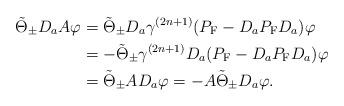
LaTeX: \begin{align*}\tilde{\Theta}_\pm D_aA\varphi&=\tilde{\Theta}_\pm D_a\gamma^{(2n+1)}(P_{\rm F}-D_aP_{\rm F}D_a)\varphi\\&=-\tilde{\Theta}_\pm \gamma^{(2n+1)}D_a(P_{\rm F}-D_aP_{\rm F}D_a)\varphi\\&=\tilde{\Theta}_\pm AD_a\varphi=-A\tilde{\Theta}_\pm D_a\varphi.\end{align*}